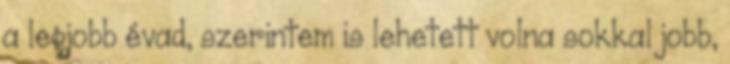
a legjobb évad, szerintem is lehetett volna sokkal jobb,